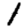
Digit: 1